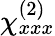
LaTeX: \chi_{xxx}^{(2)}